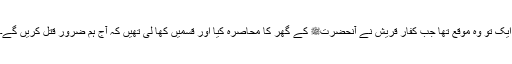
ایک تو وہ موقع تھا جب کفار قریش نے آنحضرتﷺ کے گھر کا محاصرہ کیا اور قسمیں کھا لی تھیں کہ آج ہم ضرور قتل کریں گے۔